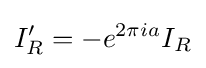
I_{R}'=-e^{2\pi ia}I_{R}